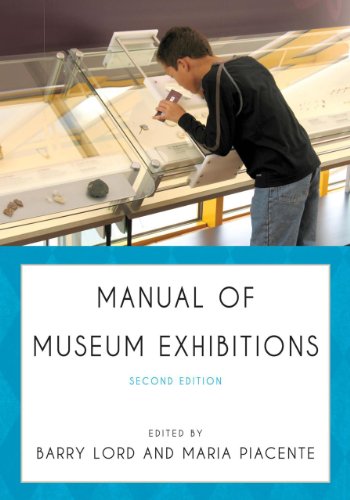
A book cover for Manual of Museum Exhibitions; Business & Money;